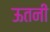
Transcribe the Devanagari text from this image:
ऊतनी